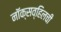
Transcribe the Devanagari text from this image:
नॉक्सव्हिलची